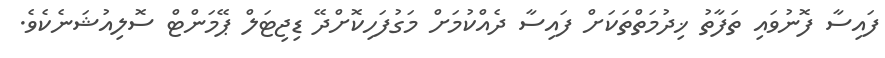
ފައިސާ ފޮނުވައި ތަފާތު ޚިދުމަތްތަކަށް ފައިސާ ދެއްކުމަށް މަގުފަހިކޮށްދޭ ޑިޖިޓަލް ޕޭމަންޓް ސޮލިއުޝަނެކެވެ.